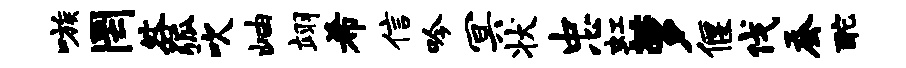
嗾罔咎弧吹岫翊希信吟冥状忠虹萝偃伐蚕酡